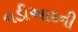
નડીઆદની